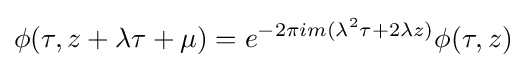
\phi (\tau ,z+\lambda \tau +\mu )=e^{-2\pi im(\lambda ^{2}\tau +2\lambda z)}\phi (\tau ,z)